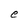
Character: e